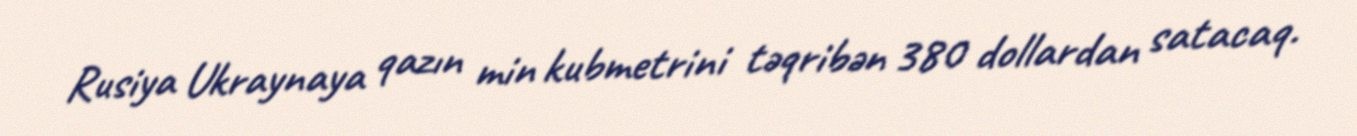
Rusiya Ukraynaya qazın min kubmetrini təqribən 380 dollardan satacaq.